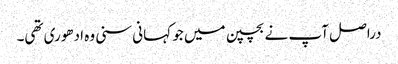
دراصل آپ نے بچپن میں جو کہانی سنی وہ ادھوری تھی۔